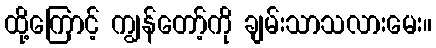
ထို့ကြောင့် ကျွန်တော့်ကို ချမ်းသာသလားမေး။